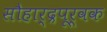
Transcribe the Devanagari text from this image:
सौहार्द्रपूर्वक